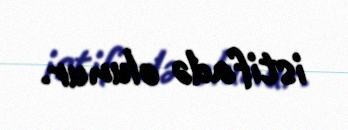
istifadə olunur.